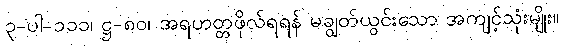
၃-ပါ-၁၁၁၊ ဋ္ဌ-၈၀၊ အရဟတ္တဖိုလ်ရရန် မချွတ်ယွင်းသော အကျင့်သုံးမျိုး။